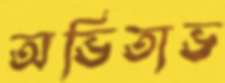
অভিতাভ